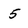
Character: 5